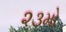
૨૩મો